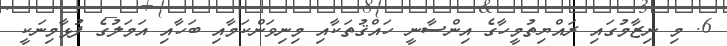
6. މި ނިޒާމުގައި ރައްޔިތުމީހާގެ އިންސާނީ ހައްޤުތަކާއި މިނިވަންކަމާއި ބަހާއި އަމަލުގެ ފުޅާމިނަކީ